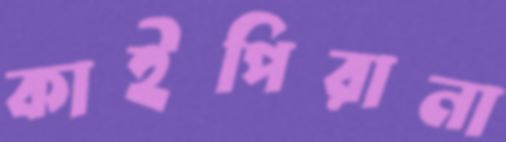
কাইপিরানা